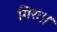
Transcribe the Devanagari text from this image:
गिरः।।